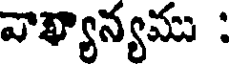
వాఖ్యాన్యము :